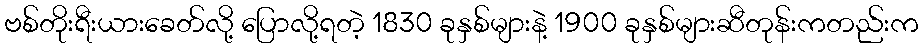
ဗစ်တိုးရီးယားခေတ်လို့ ပြောလို့ရတဲ့ 1830 ခုနှစ်များနဲ့ 1900 ခုနှစ်များဆီတုန်းကတည်းက